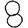
Digit: 8